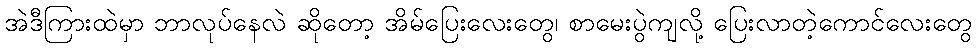
အဲဒီကြားထဲမှာ ဘာလုပ်နေလဲ ဆိုတော့ အိမ်ပြေးလေးတွေ၊ စာမေးပွဲကျလို့ ပြေးလာတဲ့ကောင်လေးတွေ